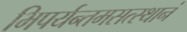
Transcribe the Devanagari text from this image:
भिपर्यन्तमसत्स्थानं